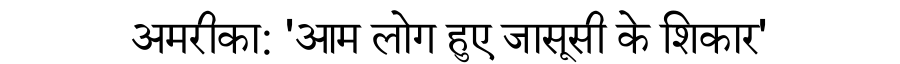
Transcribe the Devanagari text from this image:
अमरीका: 'आम लोग हुए जासूसी के शिकार'